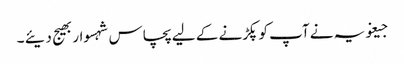
جیغویہ نے آپ کو پکڑنے کے لیے پچاس شہسوار بھیج دیئے ۔